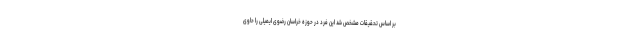
بر اساس تحقیقات مشخص شد این فرد در حوزه خراسان رضوی ایمیلی را حاوی